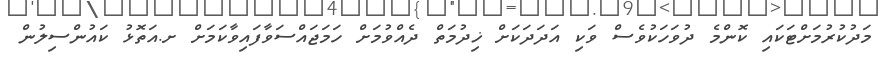
މަދުކުރުމަށްޓަކައި ކޮންމެ ދުވަހަކުވެސް ވަކި އަދަދަކަށް ޚިދުމަތް ދެއްވުމަށް ހަމަޖައްސަވާފައިވާކަމަށް ށ.އަތޮޅު ކައުންސިލުން